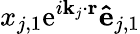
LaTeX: x_{j,1}\textrm{e}^{i\mathbf{k}_{j}\cdot\mathbf{r}}\mathbf{\hat{e}}_{j,1}